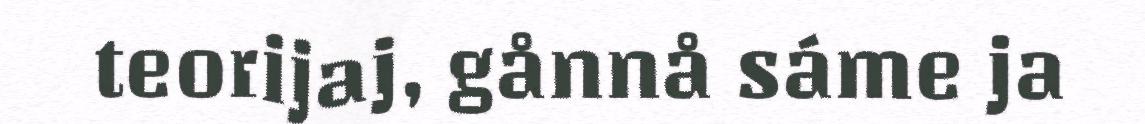
teorijaj, gånnå sáme ja